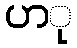
ပာု